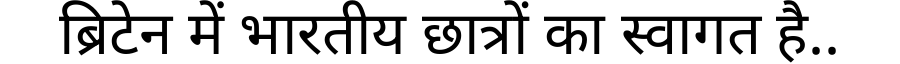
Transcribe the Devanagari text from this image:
ब्रिटेन में भारतीय छात्रों का स्वागत है..